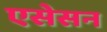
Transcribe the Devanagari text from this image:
एसेसन